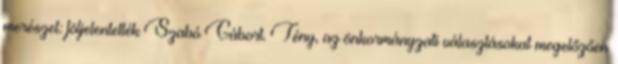
merészet: följelentették Szabó Gábort. Tény, az önkormányzati választásokat megelőzően